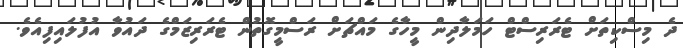
ދެ މިސްކިތަށް ޓެރަރިސްޓް ހަމަލާދިން މީހާގެ މައްޗަށް ރަސްމީގޮތުން ޓެރަރިޒަމްގެ ދައުވާ އުފުލައިފިއެވެ.